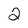
Character: 2